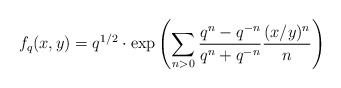
\begin{align*}f_q(x,y)=q^{1/2}\cdot {\rm exp}\left (\sum_{n>0}\frac{q^n-q^{-n}}{q^n+q^{-n}}\frac{(x/y)^n}{n}\right )\end{align*}